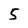
Character: 5